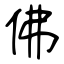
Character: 佛